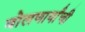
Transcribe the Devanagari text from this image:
बोलणार्यांची